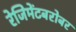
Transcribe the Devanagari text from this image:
रेजिमेंटबरोबर